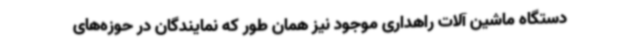
دستگاه ماشین آلات راهداری موجود نیز همان طور که نمایندگان در حوزه‌های